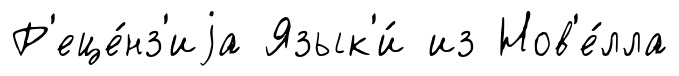
Р'еце́нз'иjа Язык'и́ из Нов'е́лла